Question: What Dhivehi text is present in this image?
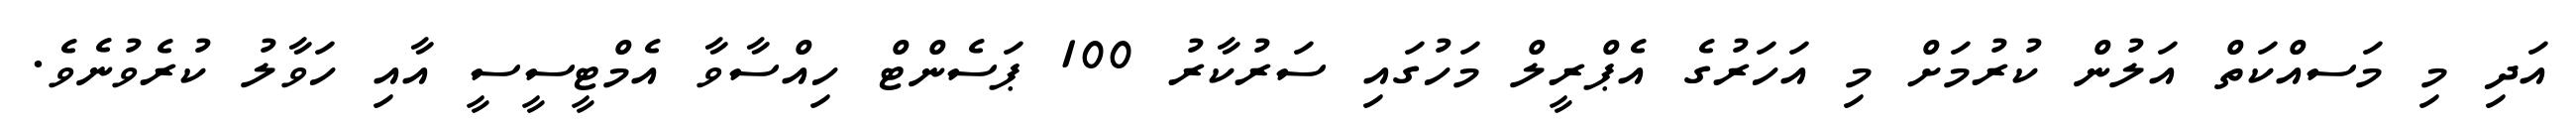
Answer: އަދި މި މަސއްކަތް އަލުން ކުރުމަށް މި އަހަރުގެ އެޕްރީލް މަހުގައި ސަރުކާރު 100 ޕަސެންޓް ހިއްސާވާ އެމްޓީސީސީ އާއި ހަވާލު ކުރެވުނެވެ.